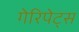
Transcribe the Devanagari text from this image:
गेरिपेट्स